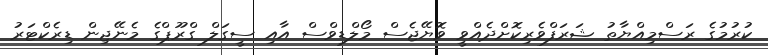
ކުރުމުގެ ރަސްމިއްޔާތު ޝަރަފްވެރިކޮށްދެއްވީ ވޮޔޭޖެސް މޯލްޑިވްސް އާއި ސީގަލް ގްރޫޕްގެ މެނޭޖިން ޑިރެކްޓަރު